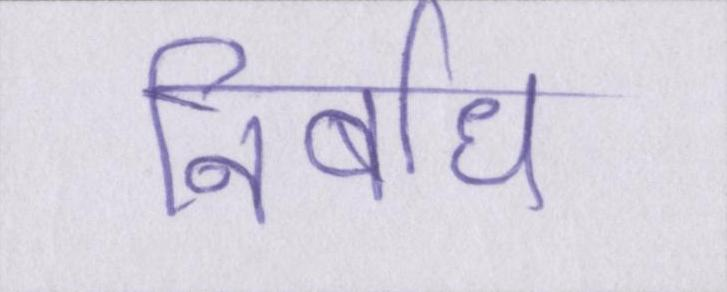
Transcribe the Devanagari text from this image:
निर्बाध